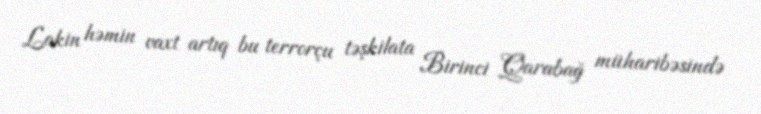
Lakin həmin vaxt artıq bu terrorçu təşkilata Birinci Qarabağ müharibəsində